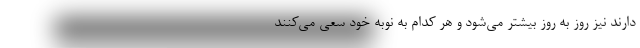
دارند نیز روز به روز بیشتر می‌شود و هر کدام به نوبه خود سعی می‌کنند